Civil Veterinary Department Bihar reports 1940-50 - 1940-1950
Year: 1940
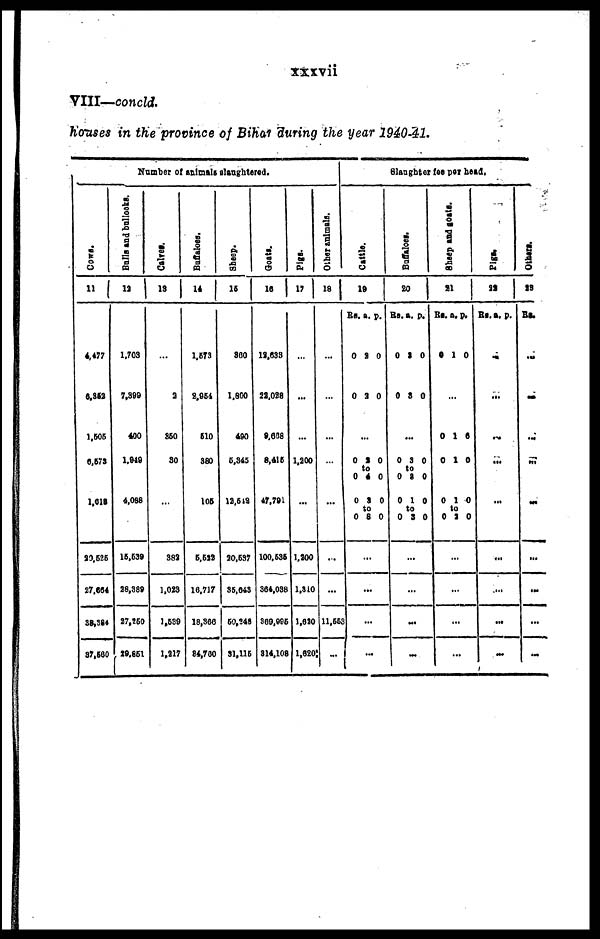
xxxvii
VIII—concld.
horses in the province of Bihar during the year 1940-41.
Number of animale slaughtered.
Cone.
11
4,477
6,352
1,605
6,572
1,618
20,525
27,664
38,384
37,560
Bulls
and bullocks.
12
1,703
7,399
400
1,919
4,088
15,599
28,389
27,260
29,851
Calves.
13
...
2
850
30
...
382
1,023
1,539
1,217
Buffaloes.
14
1,573
3,064
610
880
106
6,639
16,717
18,366
84,700
Sheep.
15
800
1,800
490
6.345
12,512
20,537
35,643
50,248
31,116
Goats.
16
13,633
22,028
9,658
8,416
47,791
100,636
364,038
360,996
314,108
Pigs.
17
...
...
...
1,200
...
1,300
1,310
1,620
1,620
Other animals.
18
...
...
...
...
...
...
11,659
...
slau
gh
ter fee
per
head.
C
attle.
1
9
Rs.
0
0
0
0
3
to
4
0
0
0
0
0
a.
2
2
...
3
to
4
3
to
8
...
...
...
...
p.
0
0
0
0
0
0
Buff
aloes.
2
0
Rs.
0
0
0
0
3
to
2
0
0
0
0
0
...
...
a.
2
8
...
3
to
2
1
to
3
...
...
p.
0
0
0
0
0
0
Sheep and goats
.
2
1
Rs.
0 1
0
0
0
0
...
a.
...
1 6
1
1
to
2
...
...
...
p.
0
0
0
0
Pigs
,
3
3
Rs.
...
...
...
a. p.
...
...
...
...
...
...
Ot her s .
23
Rs.
...
...
...
...
...
...
...
...
...